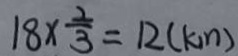
1 8 \times \frac { 2 } { 3 } = 1 2 ( k m )